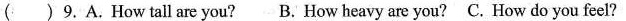
( ) 9. A.How tall are you? B. How heavy are you? C. How do you feel?